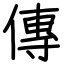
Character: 傳